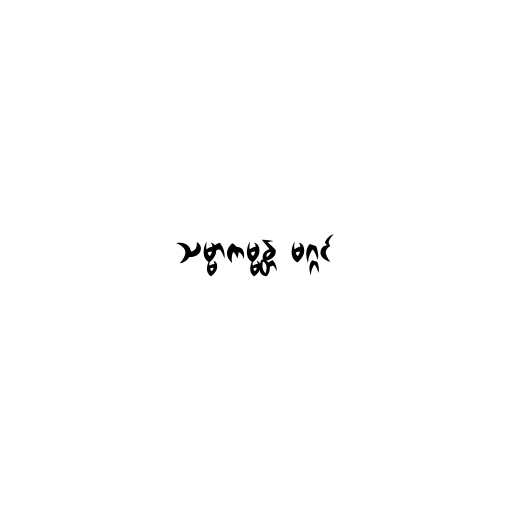
သမ္မာကမ္မန္တ မဂ္ဂင်